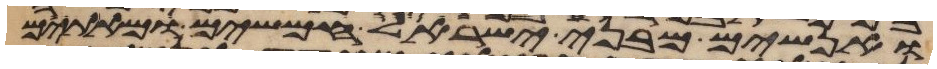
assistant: ואנשים מבני ישראל חמשים ומאתים